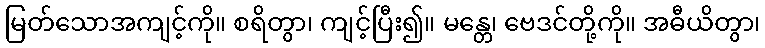
မြတ်သောအကျင့်ကို။ စရိတွာ၊ ကျင့်ပြီး၍။ မန္တေ၊ ဗေဒင်တို့ကို။ အဓီယိတွာ၊